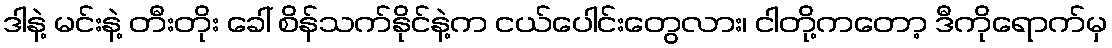
ဒါနဲ့ မင်းနဲ့ တီးတိုး ခေါ် စိန်သက်နိုင်နဲ့က ငယ်ပေါင်းတွေလား၊ ငါတို့ကတော့ ဒီကိုရောက်မှ